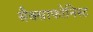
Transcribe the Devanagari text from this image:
सैक्साफोनिस्ट